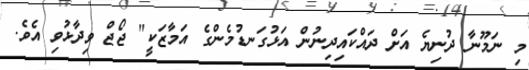
މި ނަމޫނާ ދުނިޔެ އަށް ދައްކައިދިނުން އަޅުގަނޑުމެންގެ އަމާޒަކީ" ޖޯޖް ވިދާޅުވި އެވެ.